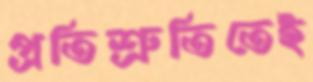
প্রতিশ্রুতিতেই